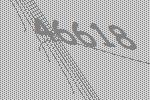
46618